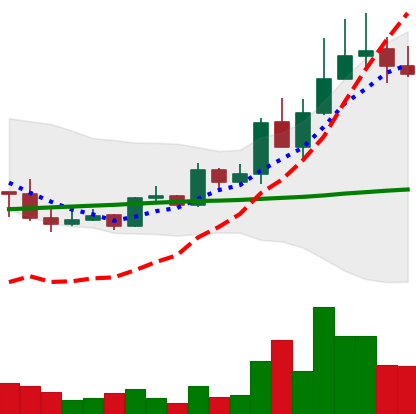
Ticker: LINK-USD
Chart end date: 2019-05-13
Forward return: 44.45%
Label: up_7plus